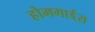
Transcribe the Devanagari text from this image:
होमगार्ड्‌स